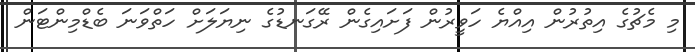
މި މެޗުގެ އިތުރުން އިއްޔެ ހަވީރުން ފަށައިގެން ރޭގަނޑުގެ ނިޔަލަށް ހަތްވަނަ ބެޑްމިންޓަން